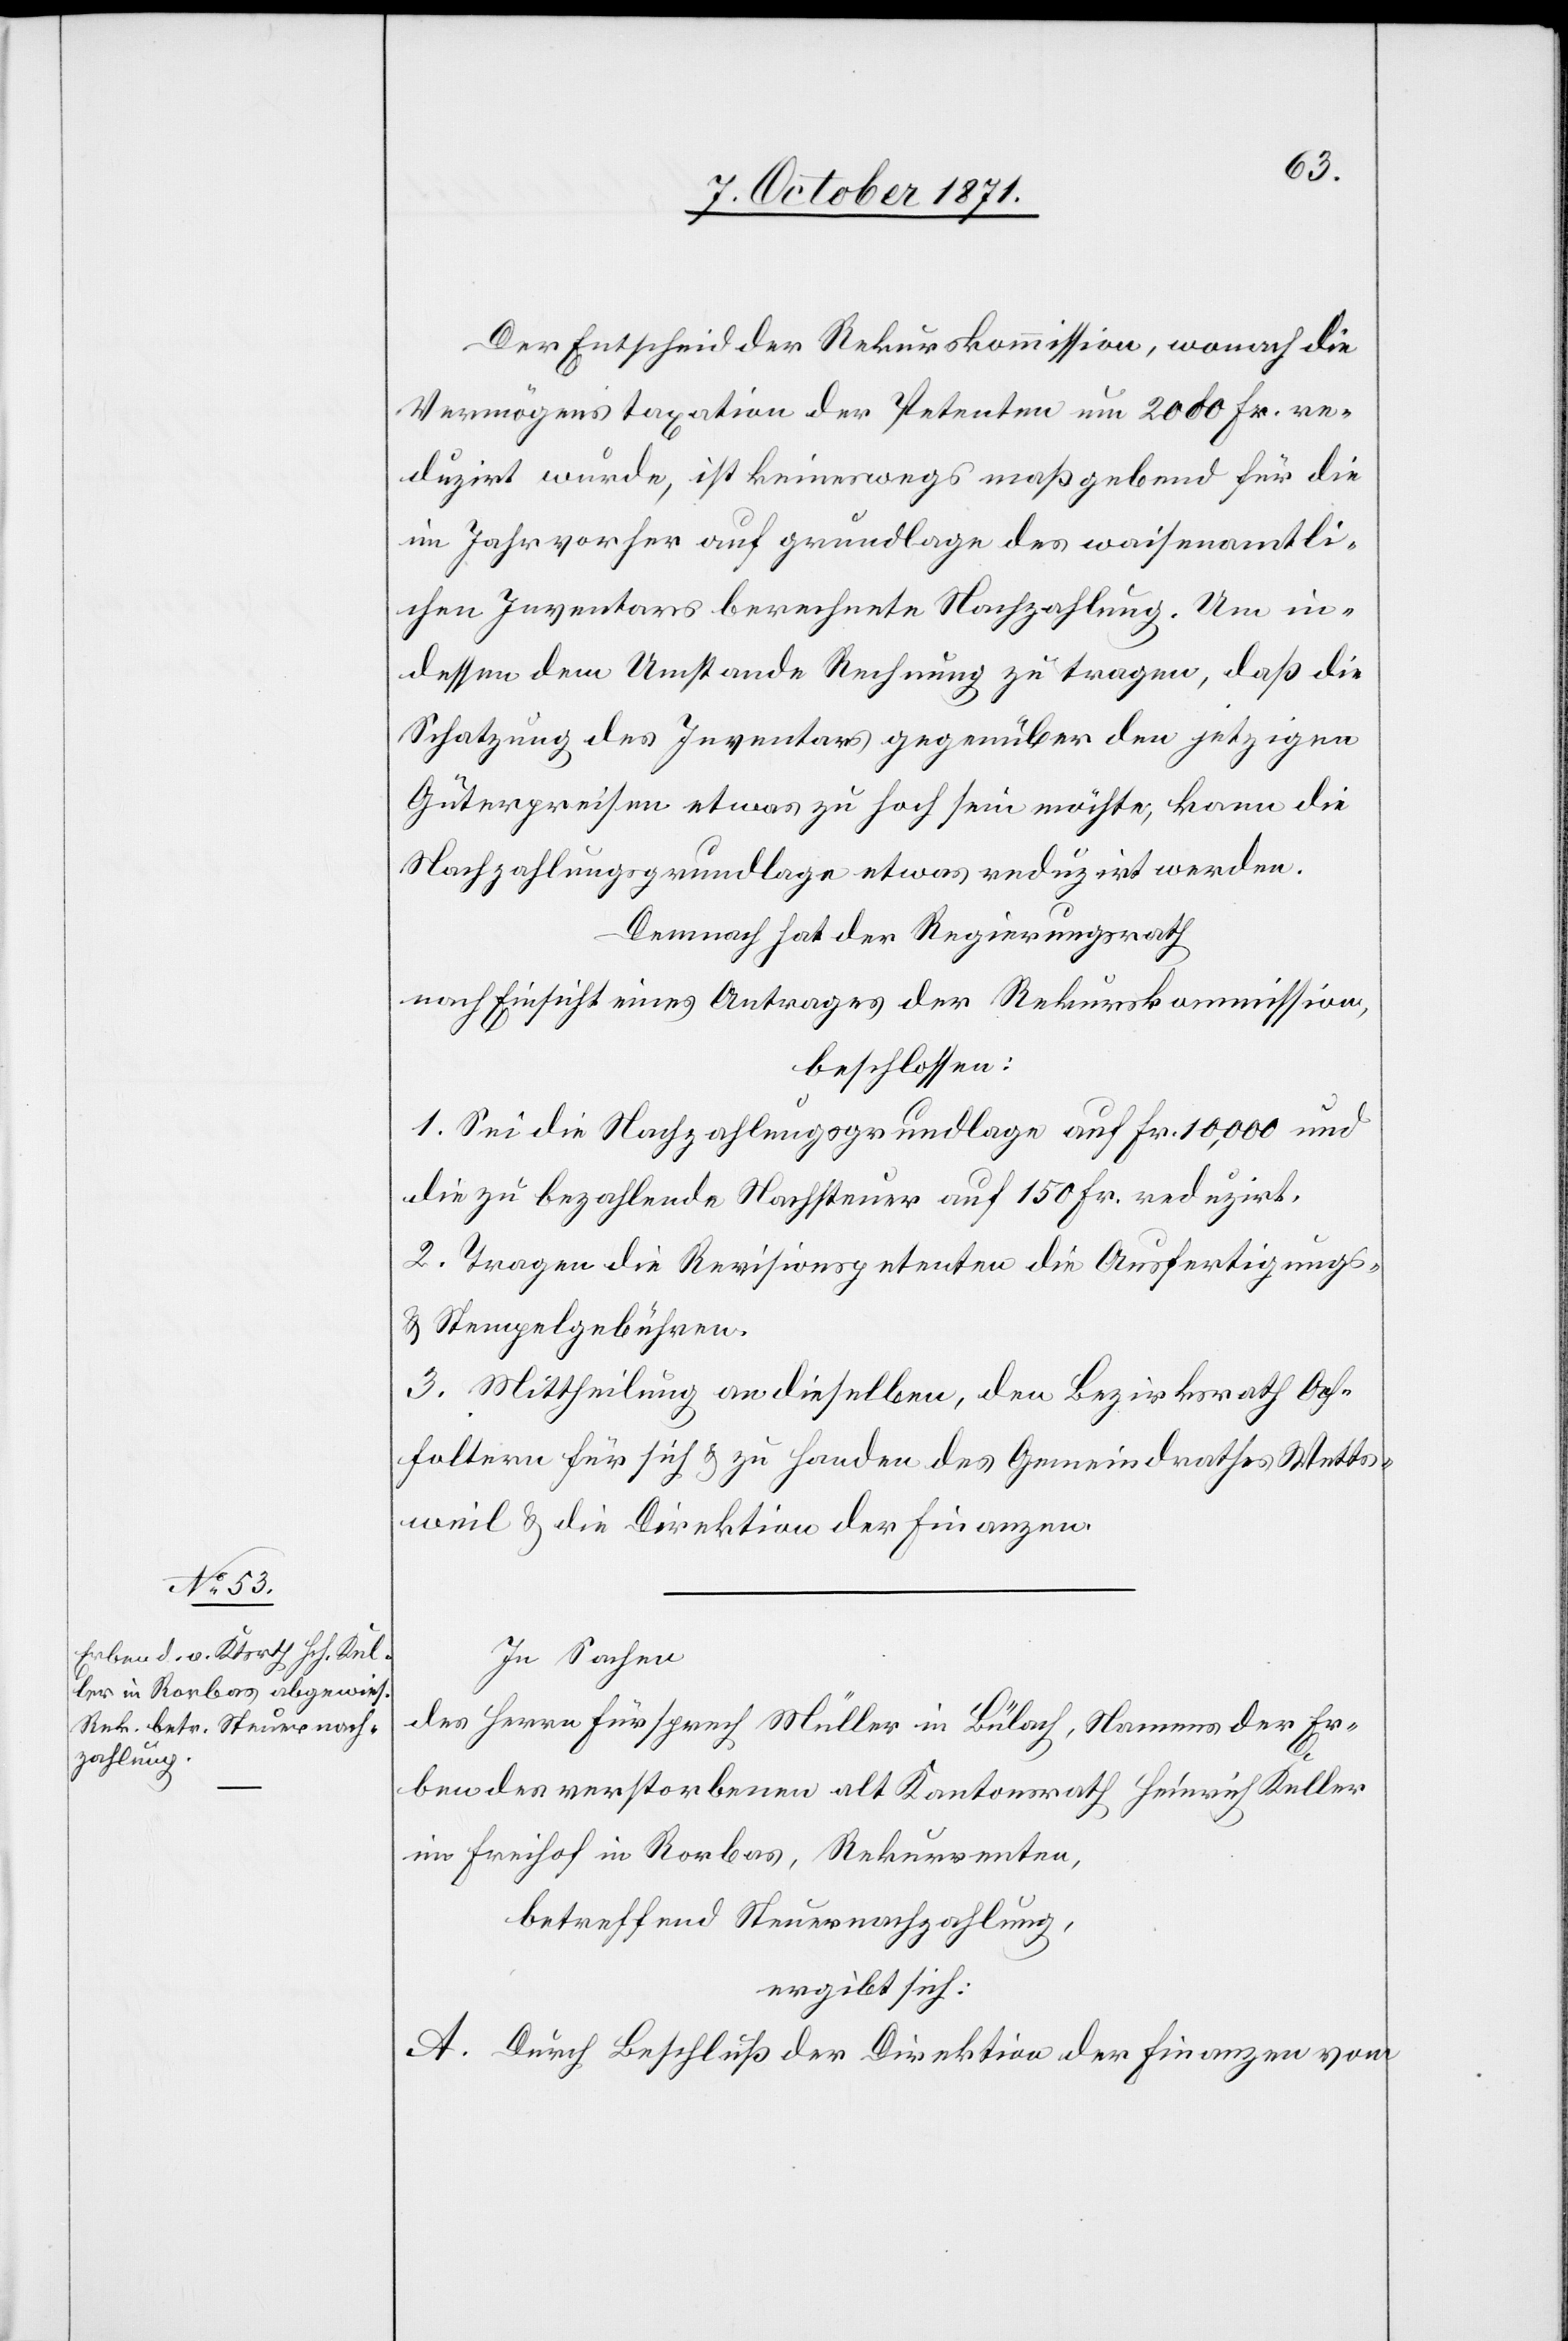
Der Entscheid der Rekurskommission, wonach die
Vermögenstaxation der Petenten um 2000 Fr. re¬
duzirt wurde, ist keineswegs maßgebend für die
im Jahr vorher auf Grundlage des waisenamtli¬
chen Inventars berechnete Nachzahlung. Um in¬
dessen dem Umstande Rechnung zu tragen, daß die
Schatzung des Inventars gegenüber den jetzigen
Güterpreisen etwas zu hoch sein möchte, kann die
Nachzahlungsgrundlage etwas reduzirt werden.
Demnach hat der Regierungsrath
nach Einsicht eines Antrages der Rekurskommission,
beschlossen:
1. Sei die Nachzahlungsgrundlage auf Fr. 10,000 und
die zu bezahlende Nachsteuer auf 150 Fr. reduzirt.
2. Tragen die Revisionspetenten die Ausfertigungs-
& Stempelgebühren.
3. Mittheilung an dieselben, den Bezirksrath Af¬
foltern für sich & zu Handen des Gemeindrathes Wetts¬
weil & die Direktion der Finanzen.
In Sachen
des Herrn Fürsprech Müller in Bülach, Namens der Er¬
ben des verstorbenen alt Kantonsrath Heinrich Müller
im Freihof in Rorbas, Rekurrenten,
betreffend Steuernachzahlung,
ergibt sich:
A. Durch Beschluß der Direktion der Finanzen vom